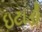
ઇટાડી